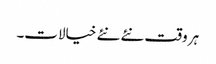
ہر وقت نئے نئے خیالات۔